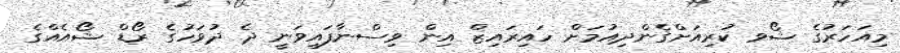
މިއަހަރުގެ ޝޯވ ކުރިއަށްގެންދިއުމަށް ހައިރައިޒް އިން ވިސްނާފައިވަނީ ދެ ދުވަހުގެ ރޯޑް ޝޯއެއްގެ